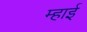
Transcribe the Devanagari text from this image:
म्हाई